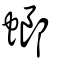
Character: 螂